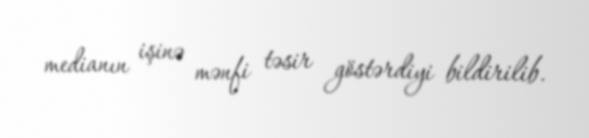
medianın işinə mənfi təsir göstərdiyi bildirilib.